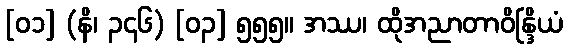
[၀၁] (နိ၊ ၃၄၆) [၀၃] ၅၅၅။ အဿ၊ ထိုအညာတာဝိန္ဒြိယံ